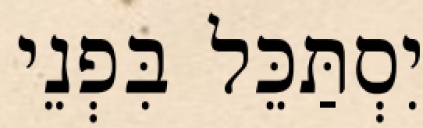
יִסְתַּכֵּל בִּפְנֵי